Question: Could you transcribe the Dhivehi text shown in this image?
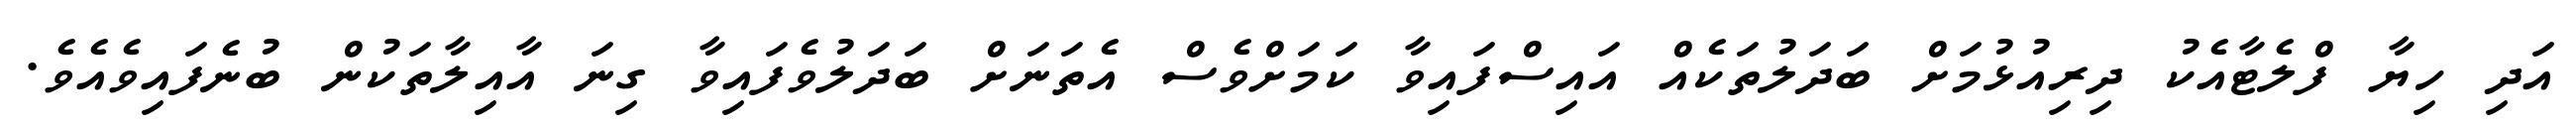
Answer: އަދި ހިޔާ ފްލެޓާއެކު ދިރިއުޅުމަށް ބަދަލުތަކެއް އައިސްފައިވާ ކަމަށްވެސް އެތަނަށް ބަދަލުވެފައިވާ ގިނަ އާއިލާތަކުން ބުނެފައިވެއެވެ.